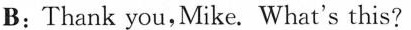
B;Thank you,Mike. What's this?